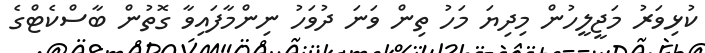
ކުޅިވަރު މަޖީލީހުން މިދިޔަ މަހު ތިން ވަނަ ދުވަހު ނިންމާފައިވާ ގޮތުން ބާސްކެޓްގެ